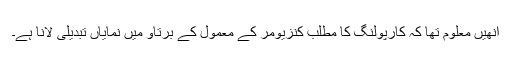
انھیں معلوم تھا کہ کارپولنگ کا مطلب کنزیومر کے معمول کے برتاو میں نمایاں تبدیلی لانا ہے۔